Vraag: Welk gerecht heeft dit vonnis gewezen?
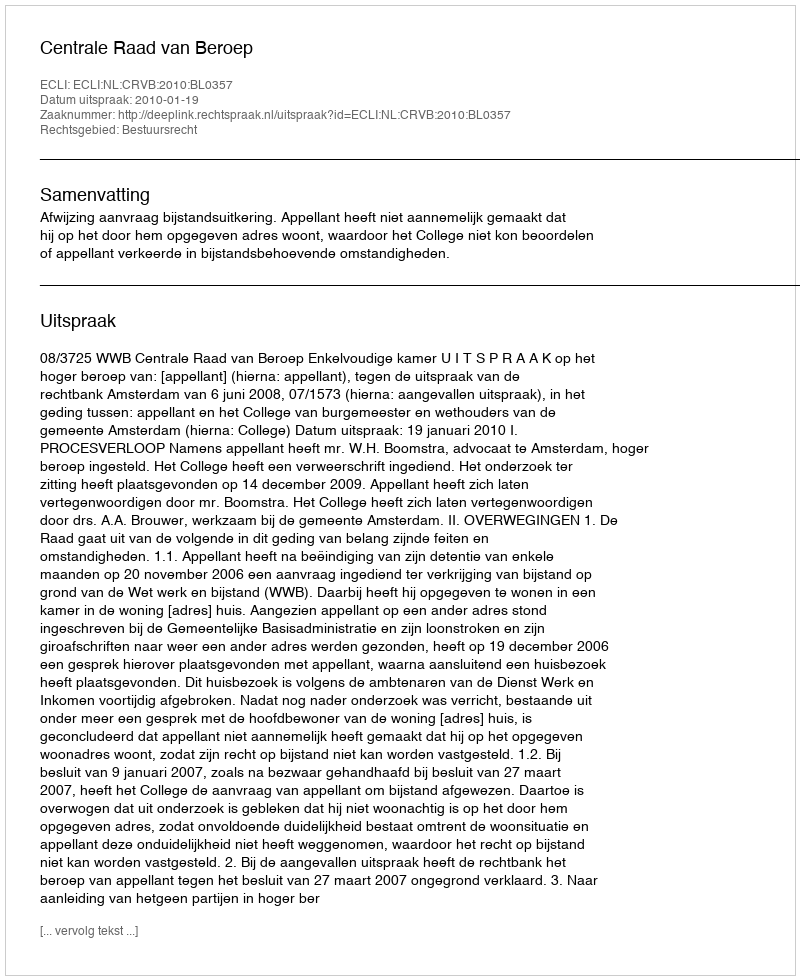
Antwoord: Centrale Raad van Beroep